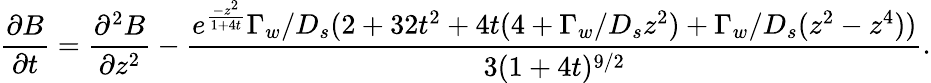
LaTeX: \frac{\partial B}{\partial t}=\frac{\partial^{2}B}{\partial z^{2}}-\frac{e^{\frac{-z^{2}}{1+4t}}\Gamma_{w}/D_{s}(2+32t^{2}+4t(4+\Gamma_{w}/D_{s}z^{2})+\Gamma_{w}/D_{s}(z^{2}-z^{4}))}{3(1+4t)^{9/2}}.